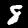
Label: 8